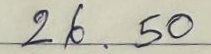
26 . 50